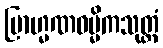
ဗြာဟ္မဏဓမ္မိကသုတ္တံ